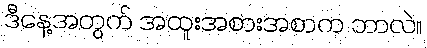
ဒီနေ့အတွက် အထူးအစားအစာက ဘာလဲ။